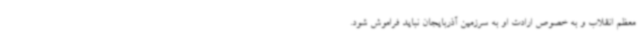
معظم انقلاب و به خصوص ارادت او به سرزمین آذربایجان نباید فراموش شود.